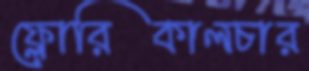
ফ্লোরিকালচার